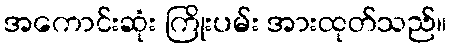
အကောင်းဆုံး ကြိုးပမ်း အားထုတ်သည်။